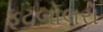
ફૂટબોલરો